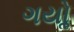
ગયોૢ